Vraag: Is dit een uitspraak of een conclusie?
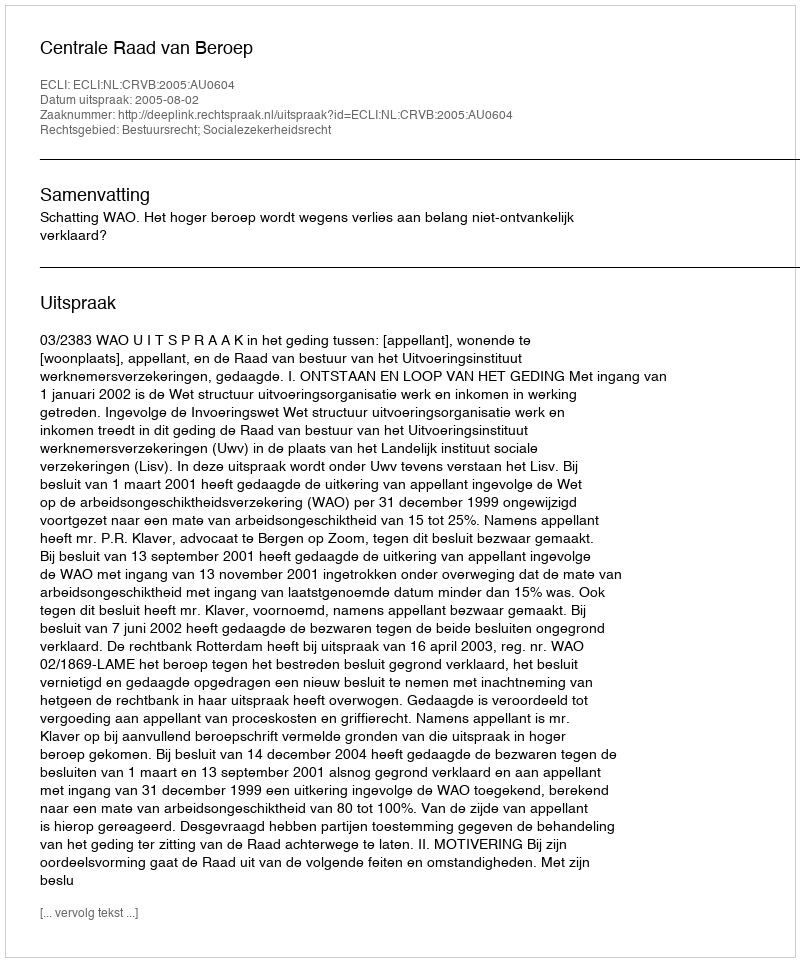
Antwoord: Uitspraak